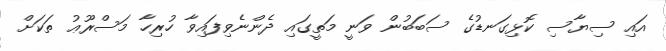
އައި ސިޔާސި ކޮޅިގަނޑުގެ ސަބަބުން ވަނީ މަތީގައި ދެންނެވިފައިވާ ހުރިހާ މަސްރޫޢު ތަކަށް